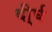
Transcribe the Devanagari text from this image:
दी्र्घ